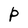
Character: P